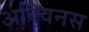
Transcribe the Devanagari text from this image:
अक्विनस